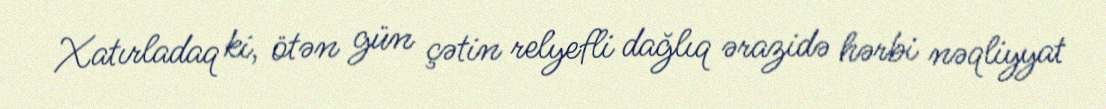
Xatırladaq ki, ötən gün çətin relyefli dağlıq ərazidə hərbi nəqliyyat